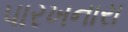
પારખનારા